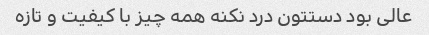
عالی بود دستتون درد نکنه همه چیز با کیفیت و تازه